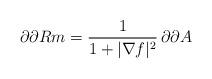
LaTeX: \begin{align*}\partial\partial Rm=\frac{1}{1+|\nabla f|^{2}}\,\partial\partial A\end{align*}